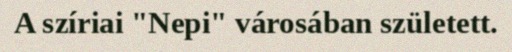
A szíriai "Nepi" városában született.